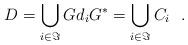
LaTeX: \begin{align*}D=\bigcup_{i\in \Im}Gd_{i}G^{*}=\bigcup_{i\in \Im}C_{i}\ \ .\end{align*}